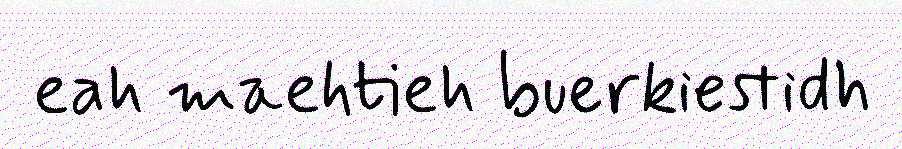
eah maehtieh buerkiestidh